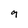
Character: 9